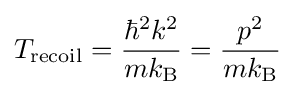
T_{\text{recoil}}={\frac {\hbar ^{2}k^{2}}{mk_{\text{B}}}}={\frac {p^{2}}{mk_{\text{B}}}}